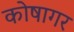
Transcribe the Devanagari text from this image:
कोषागर